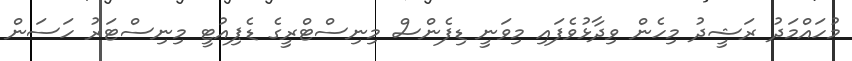
މުހައްމަދު ރަޝީދު މިހެން ވިދާޅުވެފައި މިވަނީ ޑިފެންސް މިނިސްޓްރީގެ ޑެޕިއުޓީ މިނިސްޓަރު ހަސަން